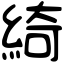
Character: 綺